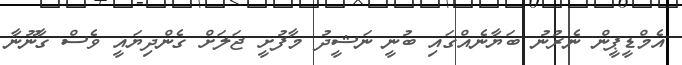
އެމްޑީޕީން ނެރުނު ބަޔާނެއްގައި ބުނީ ނަޝީދު މާފުށީ ޖަލަށް ގެންދިޔައީ ވެސް ގާނޫނާ